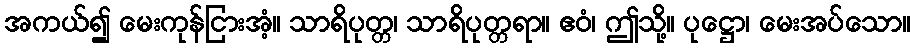
အကယ်၍ မေးကုန်ငြားအံ့။ သာရိပုတ္တ၊ သာရိပုတ္တရာ။ ဧဝံ၊ ဤသို့။ ပုဋ္ဌော၊ မေးအပ်သော။